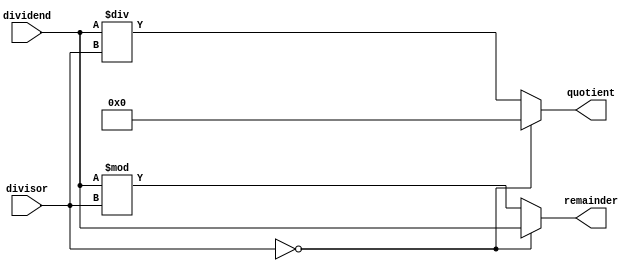
module Divider (
    input wire [31:0] dividend,
    input wire [31:0] divisor,
    output reg [31:0] quotient,
    output reg [31:0] remainder
);

always @(*) begin
    if (divisor == 0) begin
        // Handle division by zero error
        quotient <= 0;
        remainder <= dividend;
    end else begin
        // Perform division operation
        quotient <= dividend / divisor;
        remainder <= dividend % divisor;
    end
end

endmodule